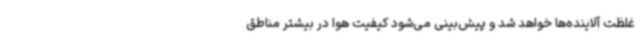
غلظت آلاینده‌ها خواهد شد و پیش‌بینی می‌شود کیفیت هوا در بیشتر مناطق